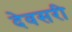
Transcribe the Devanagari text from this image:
देवसरी